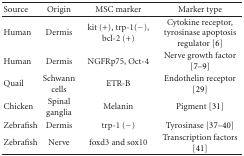
| Source | Origin | MSC marker | Marker type |
 | --- | --- | --- | --- |
 | Human | Dermis | kit (+), trp-1(−), bcl-2 (+) | Cytokine receptor, tyrosinase apoptosis regulator [6] |
 | Human | Dermis | NGFRp75, Oct-4 | Nerve growth factor [7–9] |
 | Quail | Schwann cells | ETR-B | Endothelin receptor [29] |
 | Chicken | Spinal ganglia | Melanin | Pigment [31] |
 | Zebrafish | Dermis | trp-1 (−) | Tyrosinase [37–40] |
 | Zebrafish | Nerve | foxd3 and sox10 | Transcription factors [41] |